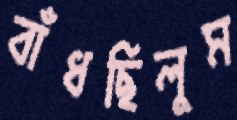
বাঁধছিলুম